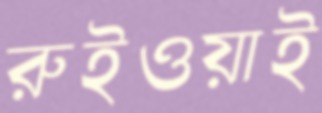
রুইওয়াই